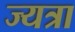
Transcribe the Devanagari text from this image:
ज्यत्रा